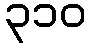
၃၁၀